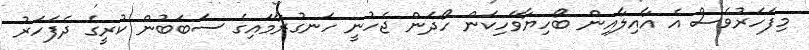
މިފަހަރުވެސް އެ އާއިލާއިން ބޯހިޔާވަހިކަން ހޯދަން ޖެހުނީ ހަނގުރާމައިގެ ސަބަބުން ކުރީގެ ދެފަހަރު